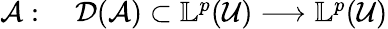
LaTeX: \begin{array}{rl}{\mathcal{A}:\; }&{{}\mathcal{D}(\mathcal{A})\subset\mathbb{L}^{p}(\mathcal{U})\longrightarrow\mathbb{L}^{p}(\mathcal{U})}\end{array}